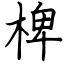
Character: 椑